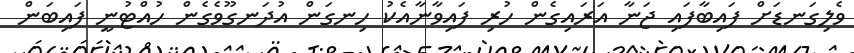
ވެލިގަނޑަށް ފައިބާފައި ޖަނާ އަރައިގެން ހުރި ފައިވާނާއެކު ހިނގަން އުދަނގޫވެގެން ހުއްޓުނީ ފައިބަން